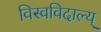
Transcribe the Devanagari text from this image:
विस्वविदाल्य्